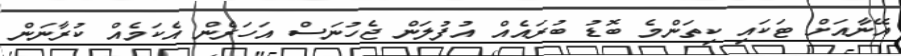
އޭނާއަށް ޓަކައި ކިތަންމެ ބޮޑު ބުރައެއް އުފުލަން ޖެހުނަސް އަހަރެން އެކަމެއް ކުރާނަން